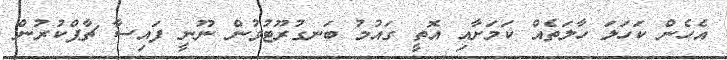
އެހެން ކަހަލަ ހާލަތެއް ކަމަށާއި އޮތީ ގައުމު ބަނގުރޫޓުވުން ނޫނީ ފައިސާ ޗާޕްކުރުން